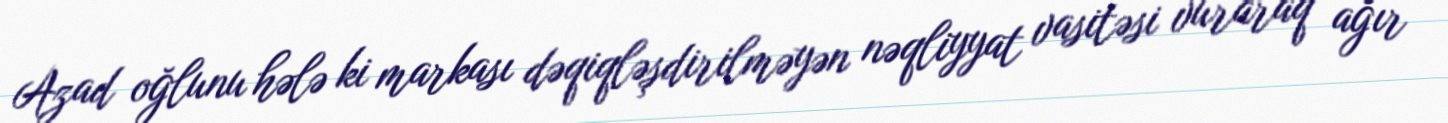
Azad oğlunu hələ ki markası dəqiqləşdirilməyən nəqliyyat vasitəsi vuraraq ağır